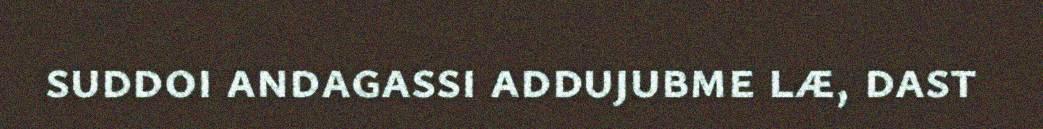
suddoi andagassi addujubme læ, dast